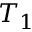
T _ { 1 }